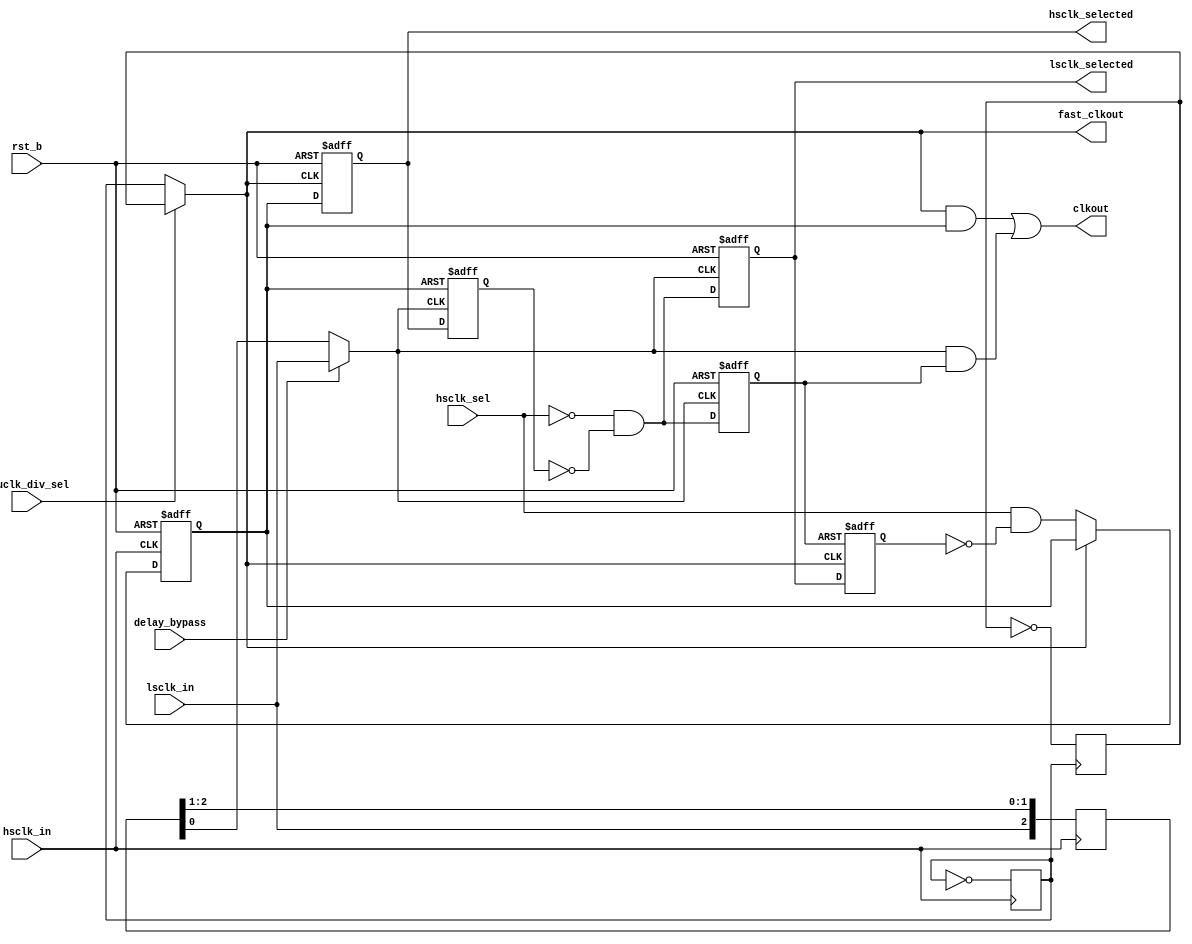
// Switch stops the clock in the PHI2 state

// Size of clock delay pipe - needs to be 0 for the Master but 2 or 3 for BBC /Elk depending on xtal
`define CLKDEL_PIPE_SZ 3

// Select this to use a simple /2, /4 ripple counter divider
`define RIPPLE_DIVIDER
// Set this for super slow debug clocking
//`define RIPPLE_DIV8 1
// Select this to use the /2 and /3 rather than /2 and /4 in the synchronous divider module
//`define USE_DIVIDER_23

// Use this to get a latch on the HS clock enable rather than a FF
//`define USE_LATCH_ENABLE 1
`ifdef USE_DIVIDER_23
  `define USE_LATCH_ENABLE 1
`endif

`define SINGLE_HS_RETIMER 1

module clkctrl_phi2(
               input  hsclk_in,
               input  lsclk_in,
               input  rst_b,
               input  hsclk_sel,
               input  delay_bypass,
               input  cpuclk_div_sel,
               output hsclk_selected,
               output lsclk_selected,
               output clkout,              // Selected clock
               output fast_clkout          // RAW fast clock (divided down from HSCLK_IN)
               );

  reg                      hs_enable_q, ls_enable_q;
  reg                      selected_ls_q;
  reg                      selected_hs_q;
`ifdef SINGLE_HS_RETIMER
  reg                      retimed_ls_enable_q;
`else
  reg [1:0]                retimed_ls_enable_q;
`endif
  reg                      retimed_hs_enable_q;
  reg [`CLKDEL_PIPE_SZ-1:0] del_q;
  wire                     retimed_ls_enable_w;

  // Force Keep clock nets to prevent ISE merging divider logic into other equations and
  // causing timing issues
  (* KEEP="TRUE" *) wire  cpuclk_w;
  (* KEEP="TRUE" *) wire  lsclk_del_w;
  assign lsclk_del_w = (delay_bypass) ? lsclk_in : del_q[0];
  assign clkout = (cpuclk_w & hs_enable_q) | (lsclk_del_w & ls_enable_q);
  assign lsclk_selected = selected_ls_q;
  assign hsclk_selected = selected_hs_q;
  assign fast_clkout = cpuclk_w;

`ifdef RIPPLE_DIVIDER
  reg                       ripple_div2_q;
  reg                       ripple_div4_q;
  `ifdef RIPPLE_DIV8
  reg                       ripple_div8_q;
  `endif
  always @ ( posedge hsclk_in )
    ripple_div2_q <= !ripple_div2_q;
  always @ ( posedge ripple_div2_q )
    ripple_div4_q <= !ripple_div4_q;
  `ifdef RIPPLE_DIV8
  always @ ( posedge ripple_div4_q )
    ripple_div8_q <= !ripple_div8_q;
  assign cpuclk_w = ( cpuclk_div_sel) ? ripple_div8_q : ripple_div2_q;
  `else
  assign cpuclk_w = ( cpuclk_div_sel) ? ripple_div4_q : ripple_div2_q;
  `endif
`else
  clkdiv234 divider_u ( .clkin(hsclk_in),
                        .rstb(rst_b),
`ifdef USE_DIVIDER_23
                        .div4(1'b0),
                        .div3(cpuclk_div_sel==1'b1),
`else
                        .div4(cpuclk_div_sel==1'b1),
                        .div3(1'b0),
`endif
                        .div2(cpuclk_div_sel==1'b0),
                        .clkout(cpuclk_w));
`endif // !`ifdef RIPPLE_DIVIDER

  // Delay the host clock to match delays on the motherboard
  always @ (posedge hsclk_in) begin
    del_q <= { lsclk_in, del_q[`CLKDEL_PIPE_SZ-1:1]};
  end

  // Selected LS signal must change on posedge of clock
  always @ (posedge lsclk_del_w or negedge rst_b)
    if ( ! rst_b )
      selected_ls_q <= 1'b1;
    else
      selected_ls_q <= !hsclk_sel & !retimed_hs_enable_q;

  // Edge triggered FF for feedback to clock selection
  always @ ( posedge cpuclk_w or negedge rst_b )
    if ( ! rst_b )
      selected_hs_q <= 1'b0;
    else
      selected_hs_q <= hs_enable_q;

`ifdef USE_LATCH_ENABLE
  // Use a latch on the HS enable to allow maximum time for the
  // enable to stabilize before being used to gate the clock
  always @ ( cpuclk_w or rst_b )
    if ( !rst_b )
      hs_enable_q <= 1'b0;
    else if ( !cpuclk_w )
      hs_enable_q <= hsclk_sel & !retimed_ls_enable_w;
`else
  // Simulate a latch transparent on low cpuclk_w by oversampling
  // with hsclk_in - allows 1/2 hsclk cycle less time then using
  // an actual latch
  always @ ( negedge hsclk_in or negedge rst_b )
    if ( !rst_b )
      hs_enable_q <= 1'b0;
    else if ( !cpuclk_w )
      hs_enable_q <= hsclk_sel & !retimed_ls_enable_w;
`endif // !`ifdef USE_LATCH_ENABLE

  always @ ( negedge lsclk_del_w or negedge rst_b )
    if ( ! rst_b )
      ls_enable_q <= 1'b1;
    else
      ls_enable_q <= !hsclk_sel & !retimed_hs_enable_q;

  always @ ( negedge  lsclk_del_w or posedge hs_enable_q )
    if ( hs_enable_q )
      retimed_hs_enable_q <= 1'b1;
    else
      retimed_hs_enable_q <= selected_hs_q;

`ifdef SINGLE_HS_RETIMER
  always @ ( negedge cpuclk_w or posedge ls_enable_q )
    if (ls_enable_q)
      retimed_ls_enable_q <= 1'b1;
    else
      retimed_ls_enable_q <= selected_ls_q;
  assign retimed_ls_enable_w = retimed_ls_enable_q;
`else
  // Use two FFs here for safety because reset might be deasserted at the same
  // time as a cpuclk_w negedge (both of which are on a hsclk posedge)
  always @ ( negedge cpuclk_w or posedge ls_enable_q )
    if (ls_enable_q)
      retimed_ls_enable_q <= 2'b11;
    else
      retimed_ls_enable_q <= {selected_ls_q, retimed_ls_enable_q[1]} ;
  assign retimed_ls_enable_w = retimed_ls_enable_q[0];
`endif // !`ifdef SINGLE_HS_RETIMER


endmodule